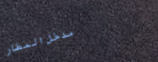
مدخل المطار